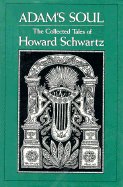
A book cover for Adam's Soul: The Collected Tales of Howard Schwartz; Howard Schwartz; Christian Books & Bibles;